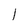
Character: 1